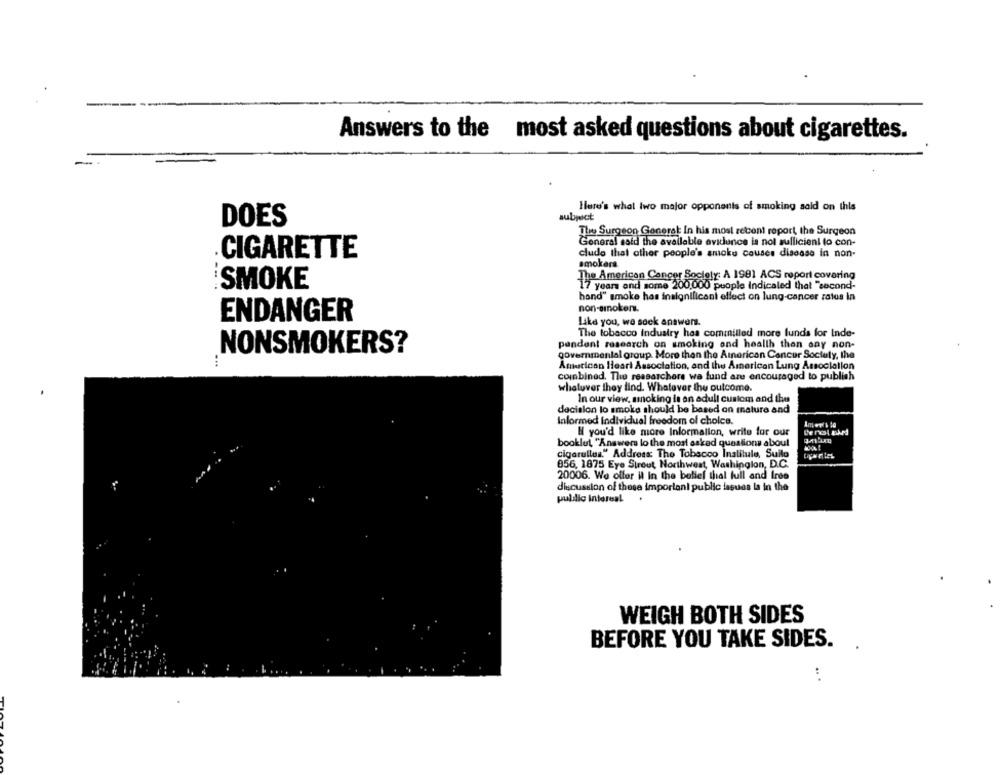
Answers to the most asked questions about cigarettes.
Here's what two major opponents of smoking said on this
subject
DOES
The Surgeon General In his most recent report the Surgeon
General said the available evidence is nol sullicien! lo con-
CIGARETTE
cludo that other people's smoke causes disease in non-
smokers
The American Cancer Society: A 1981 ACS report covering
SMOKE
17 years and some 200,000 people Indicaled that "second-
hand" smoke has insignificant effect on lung cancer ratus in
non-smokers.
ENDANGER
Like you, we soek answers.
The tobacco industry has cominilled more lunds for Inde-
NONSMOKERS?
pendant research on smoking and health than any non-
governmental group. More then the American Cancer Society, the
...
American Heart Association, and the American Lung Association
combined. The ressarchore wa fund are encouraged to publish
whatuver they find. Whatever the outcome.
In our view, smoking is an adult custom and the
decision lo smoke should be based on mature and
Informed individual freedom of choice.
H you'd like more Information, write for our
booklut "Answers lo the most asked questions about
cigarullus." Address The Tobacco Inalitule, Sullo
856, 1875 Eye Streut Northwest, Washington, D.C.
20006. We offer il in the belief thal full and free
discussion of these important public issues la in the
pulilic intereal
WEIGH BOTH SIDES
BEFORE YOU TAKE SIDES.
: